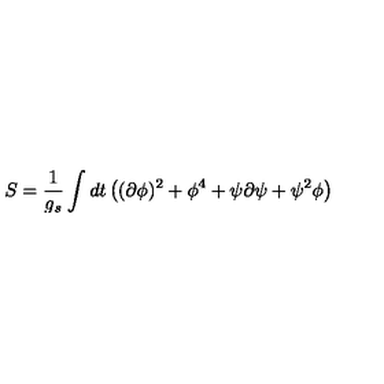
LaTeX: S = { \frac { 1 } { g _ { s } } } \int d t \left( ( \partial \phi ) ^ { 2 } + \phi ^ { 4 } + \psi \partial \psi + \psi ^ { 2 } \phi \right)